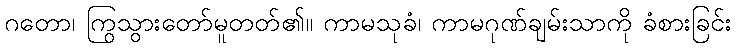
ဂတော၊ ကြွသွားတော်မူတတ်၏။ ကာမသုခံ၊ ကာမဂုဏ်ချမ်းသာကို ခံစားခြင်း